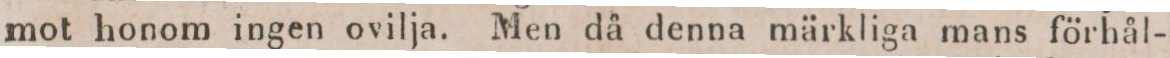
mot honom ingen ovilja. Men då denna märkliga mans förhål-